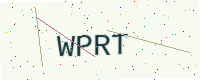
Text: WPRT